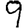
Digit: 9